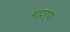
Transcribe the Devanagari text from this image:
मांदऱ्या